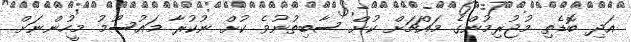
އަދި ބޮޑެތި މުޖުރިމުންގެ މައްޗަށް ކުށް ސާބިތުނުވެ ކުށް ނުކުރާ މައުސޫމު މީހުންނަށް